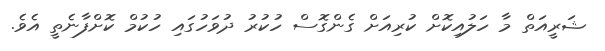
ޝަރީއަތް މާ ހަލުއިކޮށް ކުރިއަށް ގެންގޮސް ހުކުރު ދުވަހުގައި ހުކުމް ކޮށްފާނެތީ އެވެ.